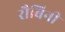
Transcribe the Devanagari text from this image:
रौबिनी